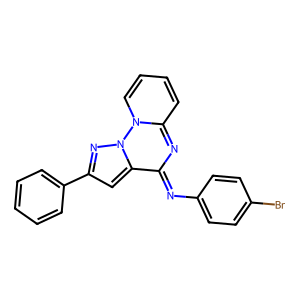
SMILES: Brc1ccc(N=c2nc3ccccn3n3nc(-c4ccccc4)cc23)cc1
Inhibits HIV replication: No